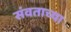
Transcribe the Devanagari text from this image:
संवताच्या